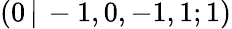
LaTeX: (0\, |\, -1,0,-1,1;1)